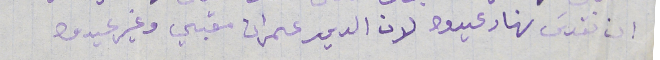
ان نقدس نهار عيدوه لان الدير عمران مقبي وغير عيدوا